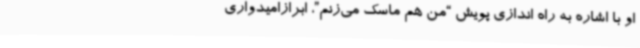
او با اشاره به راه اندازی پویش “من هم ماسک می‌زنم”، ابرازامیدواری